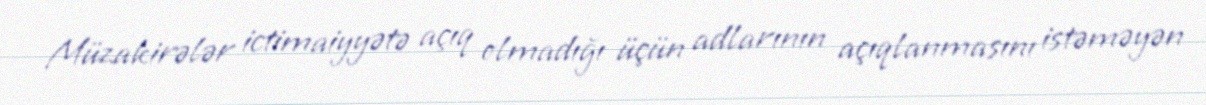
Müzakirələr ictimaiyyətə açıq olmadığı üçün adlarının açıqlanmasını istəməyən